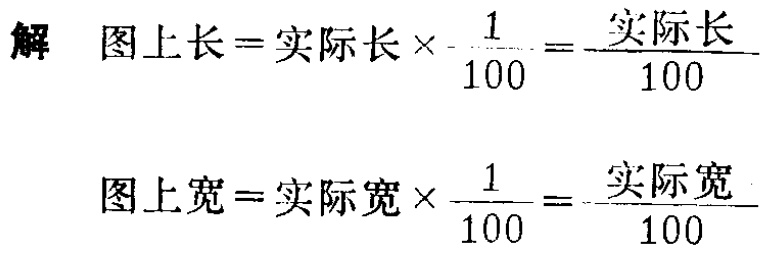
解

\[

\begin{align*}

\text{图上长}&=\text{实际长}\times\frac{1}{100}=\frac{\text{实际长}}{100}\\

\text{图上宽}&=\text{实际宽}\times\frac{1}{100}=\frac{\text{实际宽}}{100}

\end{align*}

\]